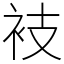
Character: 衼